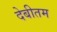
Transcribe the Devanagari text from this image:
देबीतम